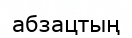
абзацтың